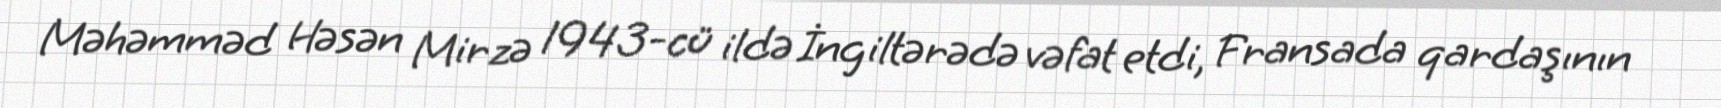
Məhəmməd Həsən Mirzə 1943-cü ildə İngiltərədə vəfat etdi, Fransada qardaşının